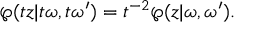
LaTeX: \wp ( t z | t \omega , t \omega ^ { \prime } ) = t \sp { - 2 } \wp ( z | \omega , \omega ^ { \prime } ) .